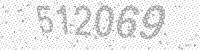
Solution: 512069